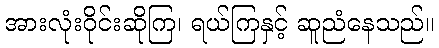
အားလုံးဝိုင်းဆိုကြ၊ ရယ်ကြနှင့် ဆူညံနေသည်။